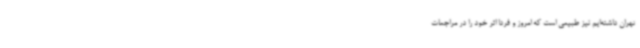
تهران داشته‌ایم نیز طبیعی است که امروز و فردا اثر خود را در مراجعات